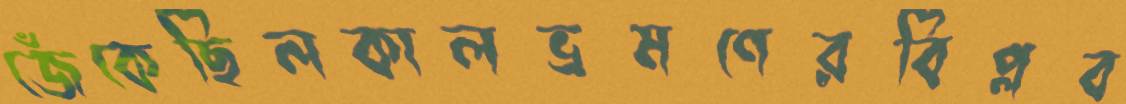
জেঁকেছিলকালভ্রমণেরবিপ্লব